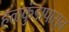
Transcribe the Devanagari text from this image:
हळकुंडापासुन